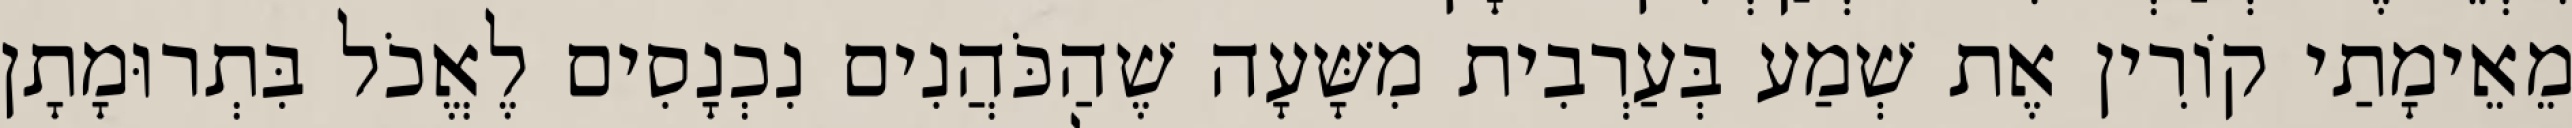
מֵאֵימָתַי קוֹרִין אֶת שְׁמַע בְּעַרְבִית מִשָּׁעָה שֶׁהַכֹּהֲנִים נִכְנָסִים לֶאֱכֹל בִּתְרוּמָתָן